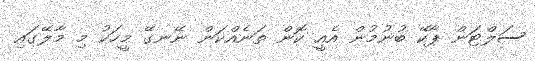
ސަލްޓަން ޕާކޭ ބުނުމުން އެއީ ކޮން ތަނެއްކަން ނޭނގޭ މީހަކު މި މާލޭގައި